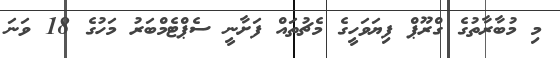
މި މުބާރާތުގެ ގްރޫޕް ފިޔަވަހީގެ މެޗުތައް ފަށާނީ ސެޕްޓެމްބަރު މަހުގެ 18 ވަނަ